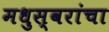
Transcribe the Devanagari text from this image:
मधुस्वरांचा